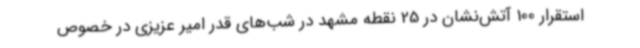
استقرار 100 آتش‌نشان در 25 نقطه مشهد در شب‌های قدر امیر عزیزی در خصوص